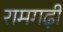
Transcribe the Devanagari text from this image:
रामगढ़ी